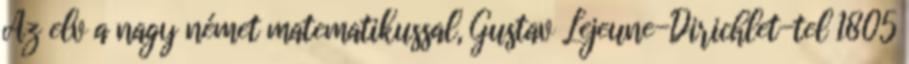
Az elv a nagy német matematikussal, Gustav Lejeune-Dirichlet-tel 1805